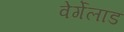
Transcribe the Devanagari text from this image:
वेर्गेलांड